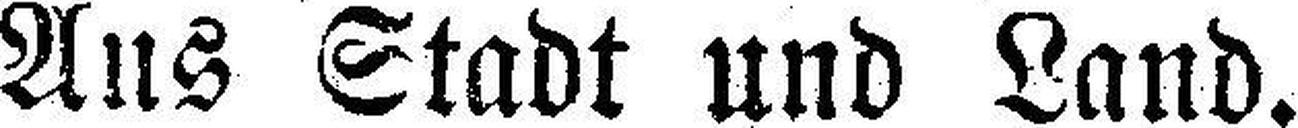
Aus Stadt und Land.